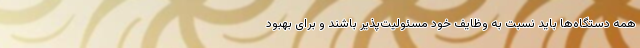
همه دستگاه‌ها باید نسبت به وظایف خود مسئولیت‌پذیر باشند و برای بهبود